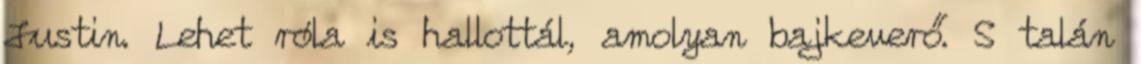
Justin. Lehet róla is hallottál, amolyan bajkeverő. S talán